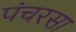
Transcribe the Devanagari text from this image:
पंचरसा